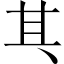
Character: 𠀪